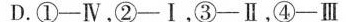
D.①-Ⅳ，②-Ⅰ，③-Ⅱ，④-Ⅲ